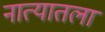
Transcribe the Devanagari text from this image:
नात्यातला